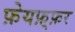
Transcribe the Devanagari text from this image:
फ़ेयफ़्फ़र